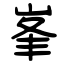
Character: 峯